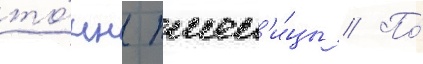
то́нн пшен'и́цы // По́